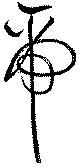
帝